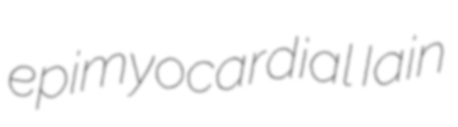
epimyocardial Iain